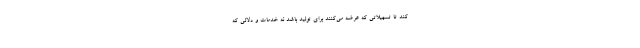
کند تا تسهیلاتی که عرضه می‌کنند برای تولید باشد نه خدمات و دلالی که